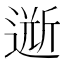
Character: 𲅫